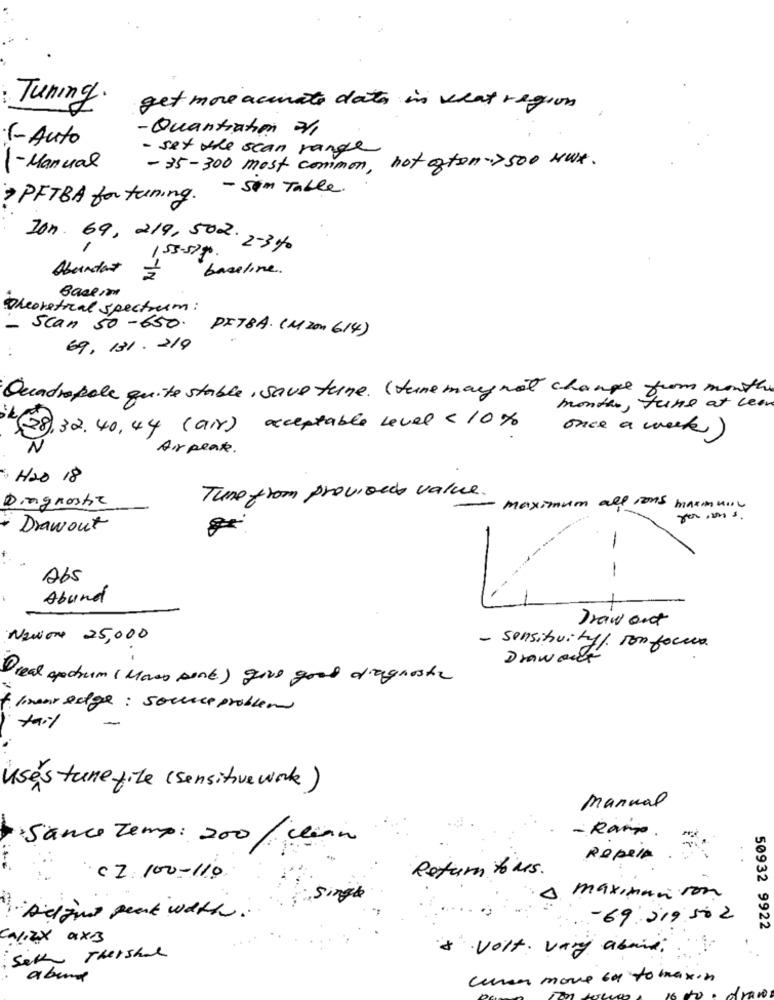
Tuning.
get more accurate days in veat region
- Quantiation a
(- Auto
- set the scan range
on hot gton->500 wWE.
1- Manual
-35-300 most common,
> PFTBA for tuning. - Som Table.
Ion. 69, 219, 502. 2-3%
155-5790
-IN
baseline.
Abundant
Baseim
Theoretical spectrum :
-
Scan 50-650. PITBA. (M zon 614)
69, 131. 219
Quadropole quite stable, save tune. (June may not change from month
months , June at leer
(88),32,40,44 (air) acceptable level < 10%
once a week)
N
Arpente .
Has 18
Diagnostic
Tune from provided value.
maximum all rons marmulle
Drawout
-
-
265
---------
Abund
Draw out
Nawore 25,000
- sensitivity/ Ton focus
Drawordt
Dieal spectrum ( Mass sont) give good diagnostic
f. linareslge : source problem
tail
uses tune file (sensitive work)
Manual
Sance Temp: 200/ clean
- Ramp .
RepelA
CZ:100-110
Return to us .
3. maximumvon
-69:219 502
50932 9922
CALIZAX axB
+ volt . vary abaix.
Sek Thershad
abend
curso move bu to maxin